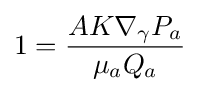
1={\frac {AK\nabla _{\gamma }P_{a}}{\mu _{a}Q{_{a}}}}